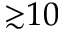
{ \gtrsim } 1 0